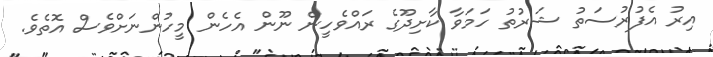
އިރު އެފުރުސަތު ޝަރުތު ހަމަވާ ކާށިދޫގެ ރައްވެހީން ނޫން އެހެން މީހުންނަށްވެސް އޮތެވެ.